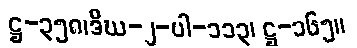
ဋ္ဌ-၃၅၈၊ဒီဃ-၂-ပါ-၁၁၃၊ ဋ္ဌ-၁၆၅။